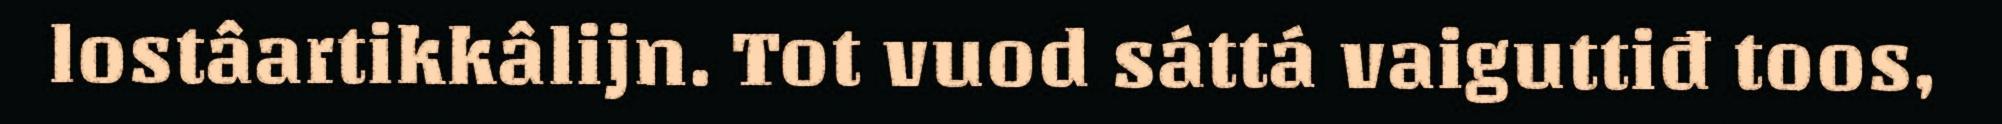
lostâartikkâlijn. Tot vuod sáttá vaiguttiđ toos,